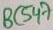
Text: BC547